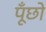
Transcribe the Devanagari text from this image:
पूँछो